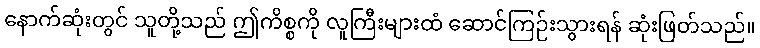
နောက်ဆုံးတွင် သူတို့သည် ဤကိစ္စကို လူကြီးများထံ ဆောင်ကြဉ်းသွားရန် ဆုံးဖြတ်သည်။